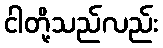
ငါတို့သည်လည်း